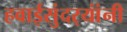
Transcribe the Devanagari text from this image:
हवाईसुंदर्‍यांंनी